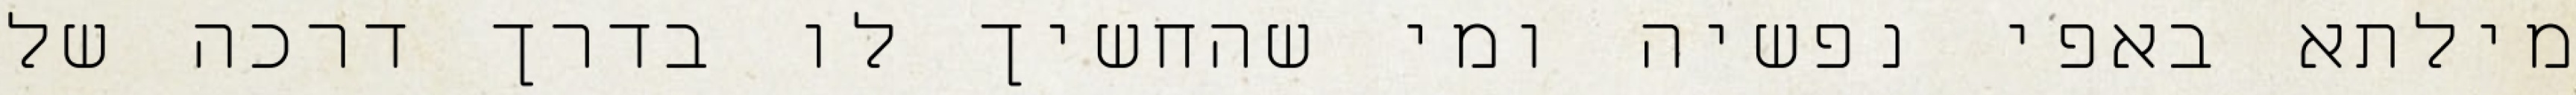
מילתא באפי נפשיה ומי שהחשיך לו בדרך דרכה של